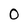
Character: 0